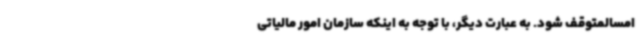
امسالمتوقف شود. به عبارت دیگر، با توجه به اینکه سازمان امور مالیاتی